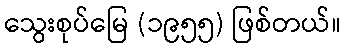
သွေးစုပ်မြေ (၁၉၅၅) ဖြစ်တယ်။